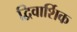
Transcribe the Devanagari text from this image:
द्विवार्शिक